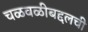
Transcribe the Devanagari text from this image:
चळवळीबद्दलची